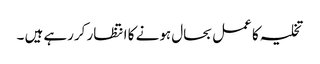
تخلیہ کا عمل بحال ہونے کا انتظار کررہے ہیں ۔